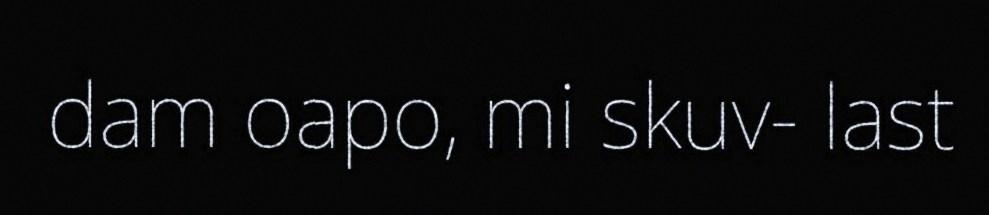
dam oapo, mi skuv- last